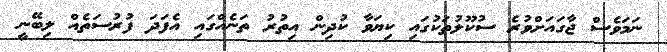
ނަމަވެސް ޖާގައަށްވުރެ ސުކޫލުތަކުގައި ކިޔަވާ ކުދިން އިތުރު ތަނެއްގައި އެފަދަ ފުރުސަތެއް ލިބޭނީ